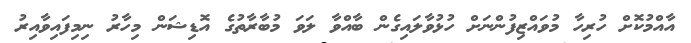
އާއްމުކޮށް ހުރިހާ މުވައްޒިފުންނަށް ހުޅުވާލައިގެން ބާއްވާ ލަވަ މުބާރާތުގެ އޮޑިޝަން މިހާރު ނިމިފައިވާއިރު